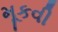
મૂકવી